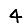
Digit: 4